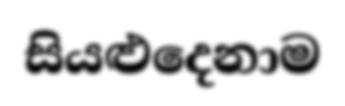
සියළුදෙනාම